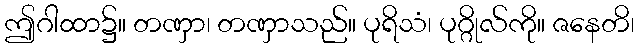
ဤဂါထာ၌။ တဏှာ၊ တဏှာသည်။ ပုရိသံ၊ ပုဂ္ဂိုလ်ကို။ ဇနေတိ၊